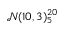
\mathcal { N } ( 1 0 , 3 ) _ { 5 } ^ { 2 0 }